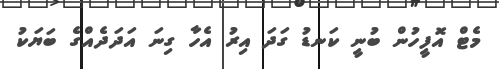
މެޓް އޮފީހުން ބުނީ ކަނޑު ގަދަ އިރު އެހާ ގިނަ އަދަދެއްގެ ބަޔަކު